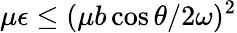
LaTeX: \mu\epsilon\leq(\mu b\cos\theta/2\omega)^{2}